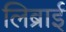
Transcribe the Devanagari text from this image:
लिब्राई